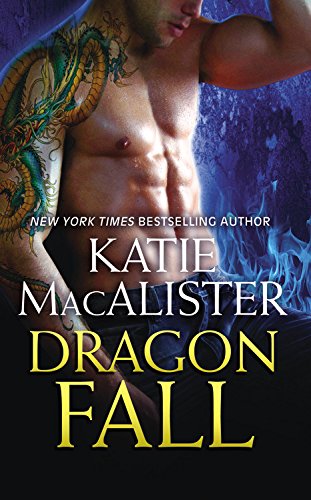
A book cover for Dragon Fall; Katie MacAlister; Science Fiction & Fantasy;